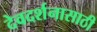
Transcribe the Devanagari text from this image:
देवदर्शनासाठी